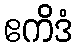
ဧကိဒံ